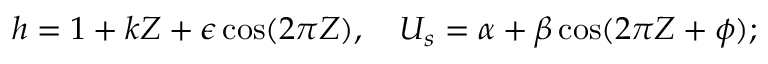
\begin{array} { r } { h = 1 + k Z + \epsilon \cos ( 2 \pi Z ) , ~ ~ ~ U _ { s } = \alpha + \beta \cos ( 2 \pi Z + \phi ) ; } \end{array}